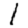
Digit: 1